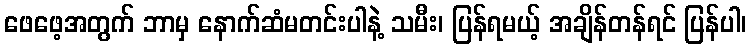
ဖေဖေ့အတွက် ဘာမှ နောက်ဆံမတင်းပါနဲ့ သမီး၊ ပြန်ရမယ့် အချိန်တန်ရင် ပြန်ပါ၊